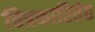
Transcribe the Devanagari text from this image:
चित्रकारितेत